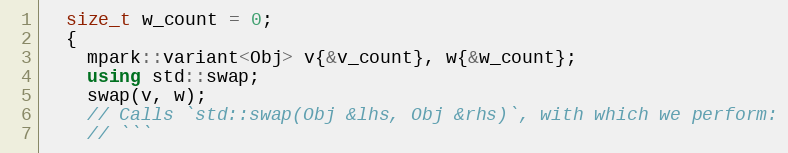
Language: C++
  size_t w_count = 0;
  {
    mpark::variant<Obj> v{&v_count}, w{&w_count};
    using std::swap;
    swap(v, w);
    // Calls `std::swap(Obj &lhs, Obj &rhs)`, with which we perform:
    // ```